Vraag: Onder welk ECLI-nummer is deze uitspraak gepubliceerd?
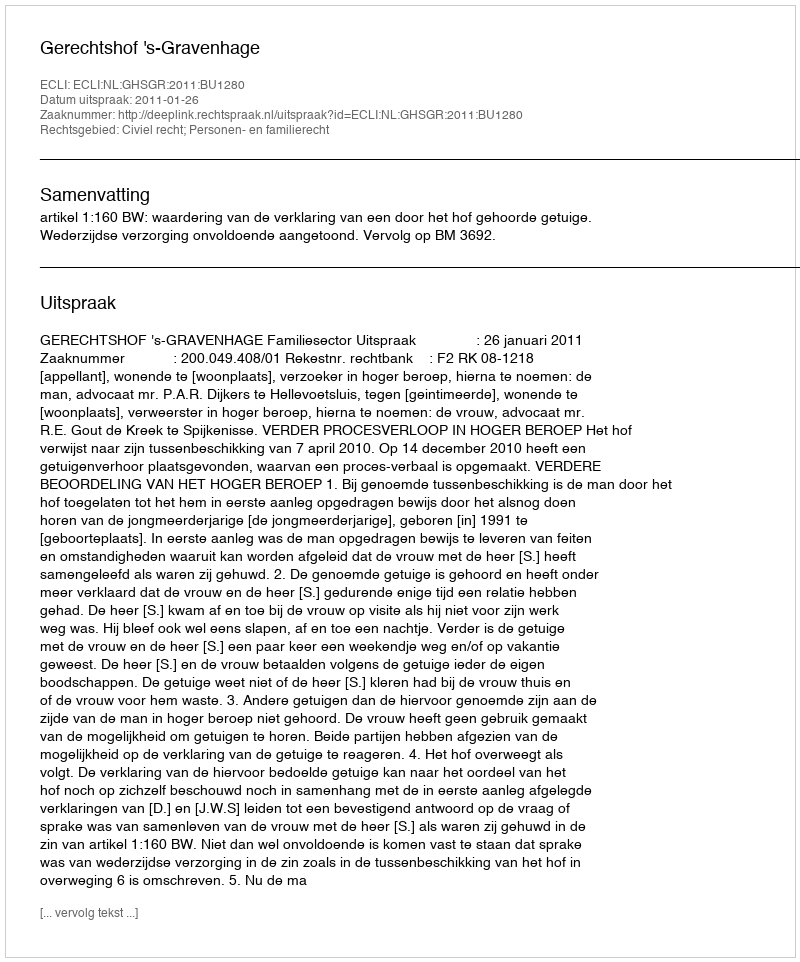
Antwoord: ECLI:NL:GHSGR:2011:BU1280